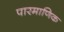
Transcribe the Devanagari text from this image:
पारमाणिक